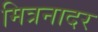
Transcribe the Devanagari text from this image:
मित्रनादर